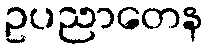
ဥပညာတေန